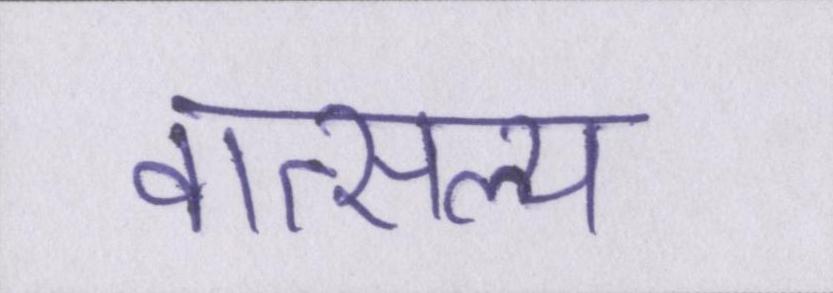
वात्सल्य